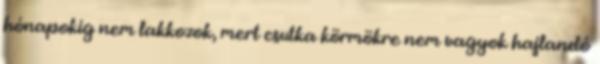
hónapokig nem lakkozok, mert csutka körmökre nem vagyok hajlandó